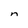
Character: n